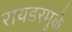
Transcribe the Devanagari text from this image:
रायडरमुळे